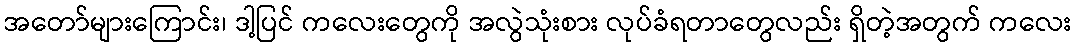
အတော်များကြောင်း၊ ဒါ့ပြင် ကလေးတွေကို အလွဲသုံးစား လုပ်ခံရတာတွေလည်း ရှိတဲ့အတွက် ကလေး